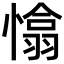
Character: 𢡁